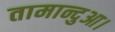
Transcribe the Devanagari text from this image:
तामान्दुआ।